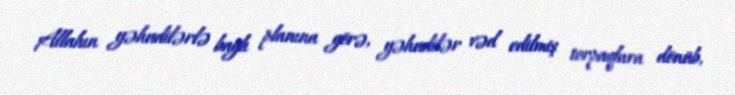
Allahın yəhudilərlə bağlı planına görə, yəhudilər vəd edilmiş torpaqlara dönüb,